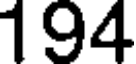
194